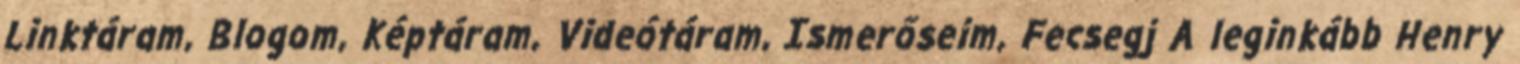
Linktáram, Blogom, Képtáram, Videótáram, Ismerőseim, Fecsegj A leginkább Henry